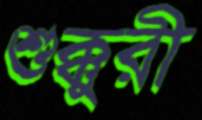
শুক্কুরী